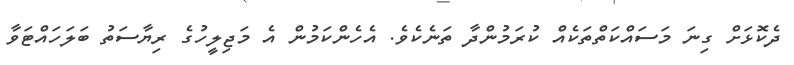
ދެކޮޅަށް ގިނަ މަސައްކަތްތަކެއް ކުރަމުންދާ ތަނެކެވެ. އެހެންކަމުން އެ މަޖިލީހުގެ ރިޔާސަތު ބަލަހައްޓަވާ